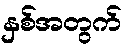
နှစ်အတွက်